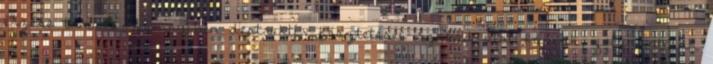
érzése támad. Amennyiben destruktív késztetései szabad utat kapnak, folyamatosan